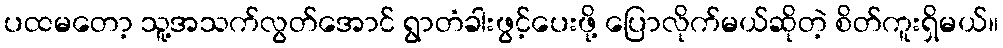
ပထမတော့ သူ့အသက်လွတ်အောင် ရွာတံခါးဖွင့်ပေးဖို့ ပြောလိုက်မယ်ဆိုတဲ့ စိတ်ကူးရှိမယ်။